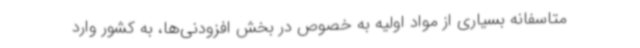
متاسفانه بسیاری از مواد اولیه به خصوص در بخش افزودنی‌ها، به کشور وارد